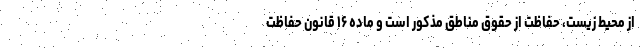
از محیط زیست، حفاظت از حقوق مناطق مذکور است و ماده ۱۶ قانون حفاظت